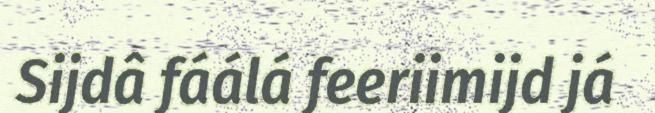
Sijdâ fáálá feeriimijd já